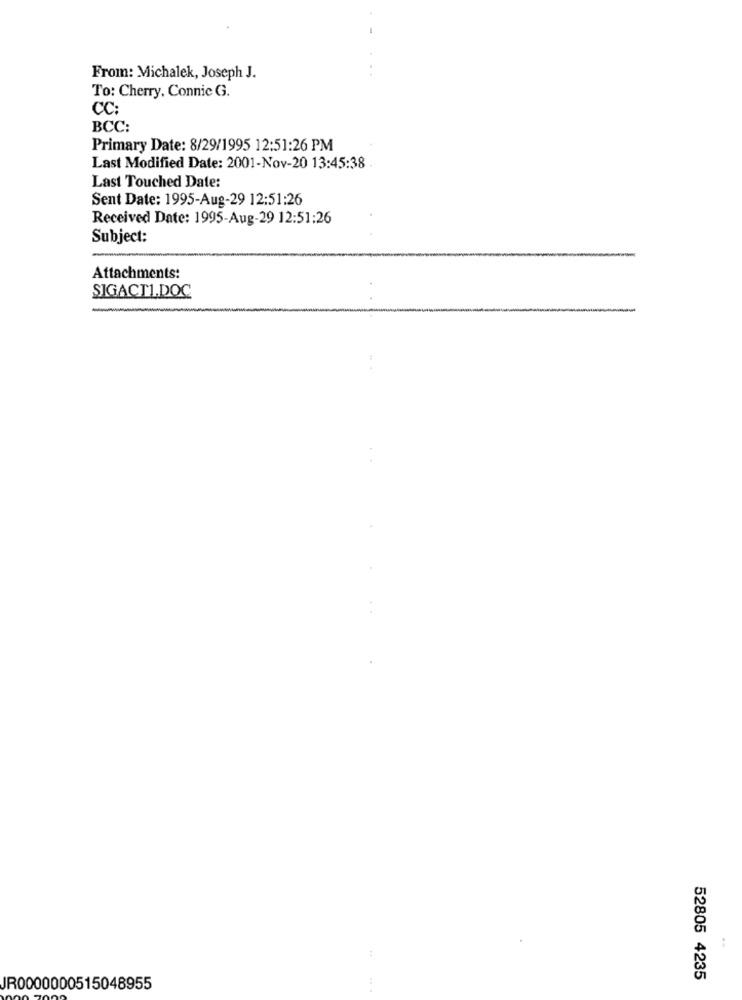
From: Michalek, Joseph J.
To: Cherry, Connic G.
CC:
BCC:
Primary Date: 8/29/1995 12:51:26 PM
Last Modified Date: 2001-Nov-20 13:45:38
Last Touched Date:
Sent Date: 1995-Aug-29 12:51:26
Received Date: 1995-Aug-29 12:51:26
Subject:
Attachments:
SIGACTI.DOC
52805 4235
JR0000000515048955